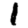
Digit: 1